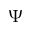
\Psi